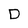
Character: D